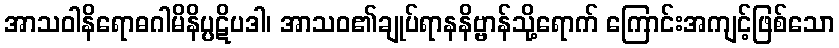
အာသဝါနိရောဓဂါမိနိပ္ပဋိပဒါ၊ အာသဝ၏ချုပ်ရာနနိဗ္ဗာန်သို့ရောက် ကြောင်းအကျင့်ဖြစ်သော